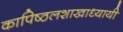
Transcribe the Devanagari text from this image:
कापिष्ठलशाखाध्यायी